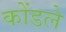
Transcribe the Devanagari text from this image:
कोंडले